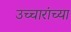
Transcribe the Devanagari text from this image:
उच्चारांच्या